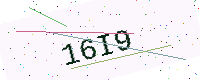
Text: 16I9